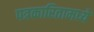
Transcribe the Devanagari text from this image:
पत्रकारितामध्ये